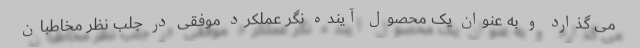
می گذارد و به عنوان یک محصول آینده نگر عملکرد موفقی در جلب نظر مخاطبان